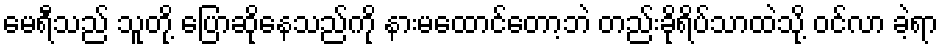
မေရီသည် သူတို့ ပြောဆိုနေသည်ကို နားမထောင်တော့ဘဲ တည်းခိုရိပ်သာထဲသို့ ဝင်လာ ခဲ့ရာ